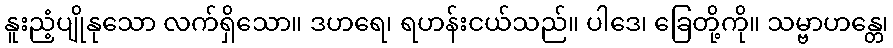
နူးညံ့ပျိုနုသော လက်ရှိသော။ ဒဟရေ၊ ရဟန်းငယ်သည်။ ပါဒေ၊ ခြေတို့ကို။ သမ္ဗာဟန္တေ၊